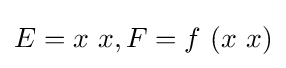
E=x\ x,F=f\ (x\ x)